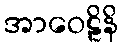
အာဝေဠိနိ